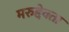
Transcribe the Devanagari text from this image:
मरुद्देवता